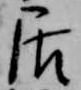
居